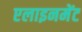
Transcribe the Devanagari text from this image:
एलाइनमेंट